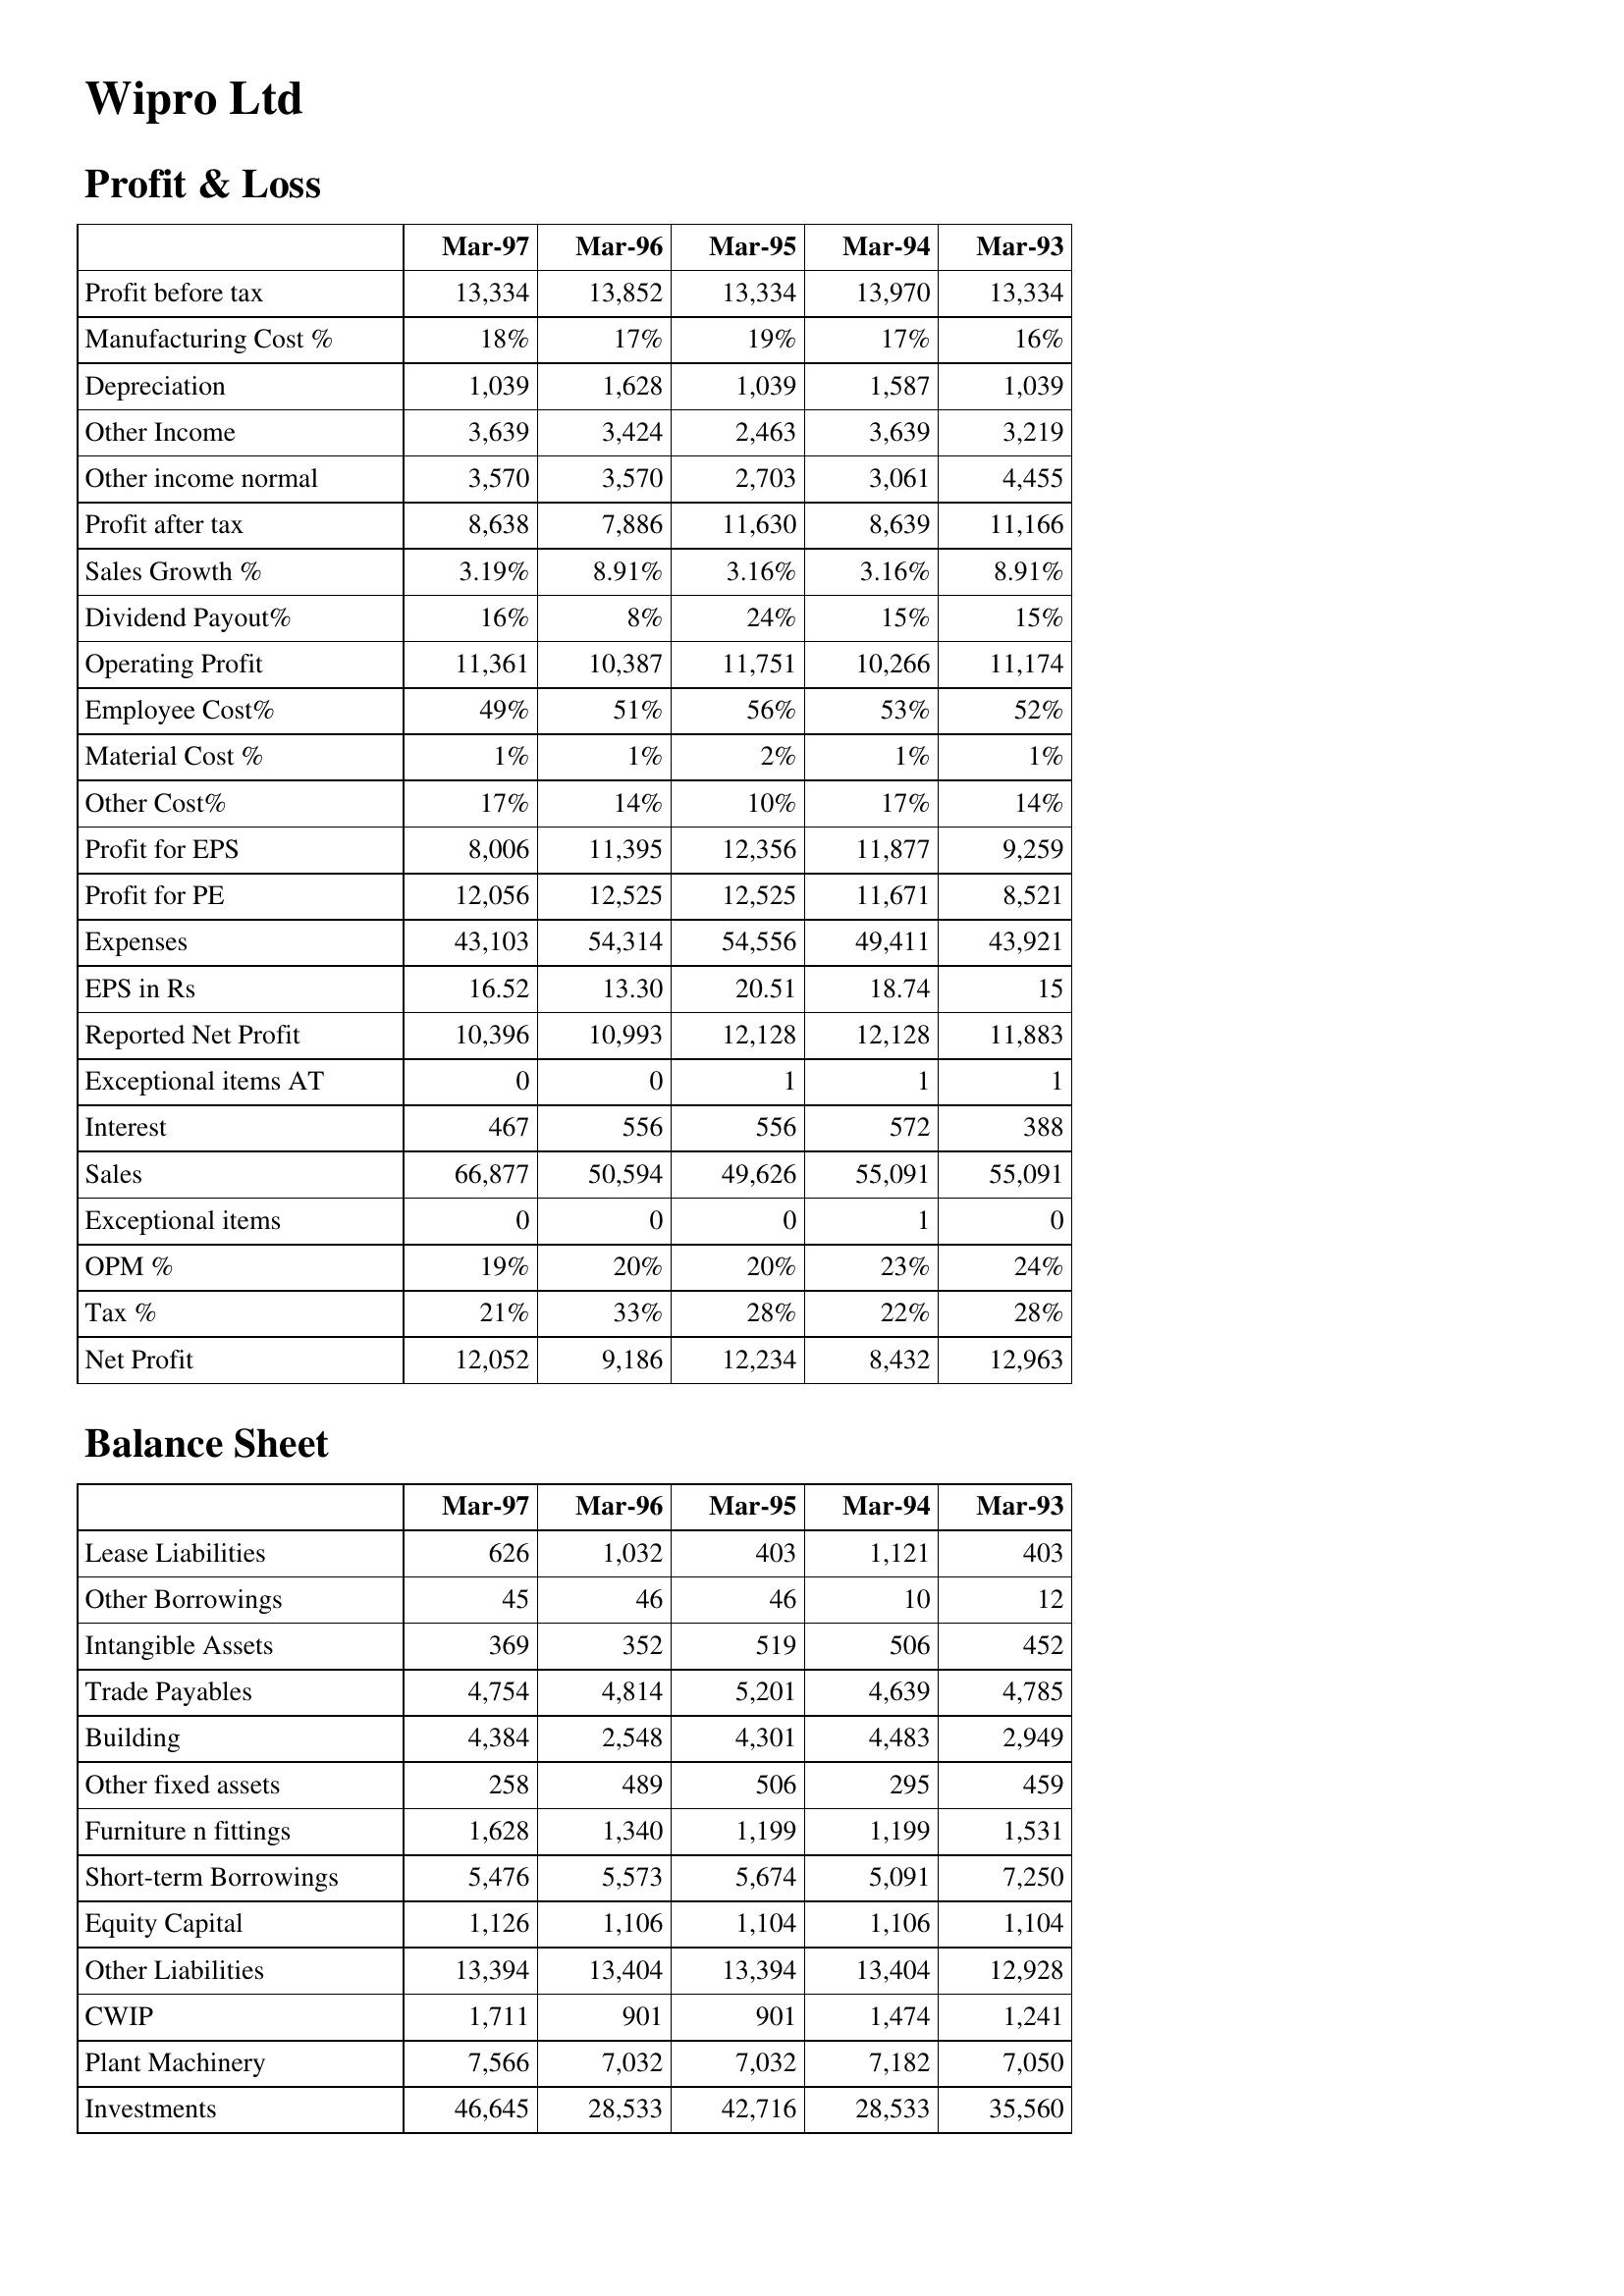
Mar-97: Profit & Loss: Profit before tax: 13,334
Manufacturing Cost %: 18%
Depreciation: 1,039
Other Income: 3,639
Other income normal: 3,570
Profit after tax: 8,638
Sales Growth %: 3.19%
Dividend Payout%: 16%
Operating Profit: 11,361
Employee Cost%: 49%
Material Cost %: 1%
Other Cost%: 17%
Profit for EPS: 8,006
Profit for PE: 12,056
Expenses: 43,103
EPS in Rs: 16.52
Reported Net Profit: 10,396
Exceptional items AT: 0
Interest: 467
Sales: 66,877
Exceptional items: 0
OPM %: 19%
Tax %: 21%
Net Profit: 12,052
Balance Sheet: Lease Liabilities: 626
Other Borrowings: 45
Intangible Assets: 369
Trade Payables: 4,754
Building: 4,384
Other fixed assets: 258
Furniture n fittings: 1,628
Short-term Borrowings: 5,476
Equity Capital: 1,126
Other Liabilities: 13,394
CWIP: 1,711
Plant Machinery: 7,566
Investments: 46,645
Mar-96: Profit & Loss: Profit before tax: 13,852
Manufacturing Cost %: 17%
Depreciation: 1,628
Other Income: 3,424
Other income normal: 3,570
Profit after tax: 7,886
Sales Growth %: 8.91%
Dividend Payout%: 8%
Operating Profit: 10,387
Employee Cost%: 51%
Material Cost %: 1%
Other Cost%: 14%
Profit for EPS: 11,395
Profit for PE: 12,525
Expenses: 54,314
EPS in Rs: 13.30
Reported Net Profit: 10,993
Exceptional items AT: 0
Interest: 556
Sales: 50,594
Exceptional items: 0
OPM %: 20%
Tax %: 33%
Net Profit: 9,186
Balance Sheet: Lease Liabilities: 1,032
Other Borrowings: 46
Intangible Assets: 352
Trade Payables: 4,814
Building: 2,548
Other fixed assets: 489
Furniture n fittings: 1,340
Short-term Borrowings: 5,573
Equity Capital: 1,106
Other Liabilities: 13,404
CWIP: 901
Plant Machinery: 7,032
Investments: 28,533
Mar-95: Profit & Loss: Profit before tax: 13,334
Manufacturing Cost %: 19%
Depreciation: 1,039
Other Income: 2,463
Other income normal: 2,703
Profit after tax: 11,630
Sales Growth %: 3.16%
Dividend Payout%: 24%
Operating Profit: 11,751
Employee Cost%: 56%
Material Cost %: 2%
Other Cost%: 10%
Profit for EPS: 12,356
Profit for PE: 12,525
Expenses: 54,556
EPS in Rs: 20.51
Reported Net Profit: 12,128
Exceptional items AT: 1
Interest: 556
Sales: 49,626
Exceptional items: 0
OPM %: 20%
Tax %: 28%
Net Profit: 12,234
Balance Sheet: Lease Liabilities: 403
Other Borrowings: 46
Intangible Assets: 519
Trade Payables: 5,201
Building: 4,301
Other fixed assets: 506
Furniture n fittings: 1,199
Short-term Borrowings: 5,674
Equity Capital: 1,104
Other Liabilities: 13,394
CWIP: 901
Plant Machinery: 7,032
Investments: 42,716
Mar-94: Profit & Loss: Profit before tax: 13,970
Manufacturing Cost %: 17%
Depreciation: 1,587
Other Income: 3,639
Other income normal: 3,061
Profit after tax: 8,639
Sales Growth %: 3.16%
Dividend Payout%: 15%
Operating Profit: 10,266
Employee Cost%: 53%
Material Cost %: 1%
Other Cost%: 17%
Profit for EPS: 11,877
Profit for PE: 11,671
Expenses: 49,411
EPS in Rs: 18.74
Reported Net Profit: 12,128
Exceptional items AT: 1
Interest: 572
Sales: 55,091
Exceptional items: 1
OPM %: 23%
Tax %: 22%
Net Profit: 8,432
Balance Sheet: Lease Liabilities: 1,121
Other Borrowings: 10
Intangible Assets: 506
Trade Payables: 4,639
Building: 4,483
Other fixed assets: 295
Furniture n fittings: 1,199
Short-term Borrowings: 5,091
Equity Capital: 1,106
Other Liabilities: 13,404
CWIP: 1,474
Plant Machinery: 7,182
Investments: 28,533
Mar-93: Profit & Loss: Profit before tax: 13,334
Manufacturing Cost %: 16%
Depreciation: 1,039
Other Income: 3,219
Other income normal: 4,455
Profit after tax: 11,166
Sales Growth %: 8.91%
Dividend Payout%: 15%
Operating Profit: 11,174
Employee Cost%: 52%
Material Cost %: 1%
Other Cost%: 14%
Profit for EPS: 9,259
Profit for PE: 8,521
Expenses: 43,921
EPS in Rs: 15
Reported Net Profit: 11,883
Exceptional items AT: 1
Interest: 388
Sales: 55,091
Exceptional items: 0
OPM %: 24%
Tax %: 28%
Net Profit: 12,963
Balance Sheet: Lease Liabilities: 403
Other Borrowings: 12
Intangible Assets: 452
Trade Payables: 4,785
Building: 2,949
Other fixed assets: 459
Furniture n fittings: 1,531
Short-term Borrowings: 7,250
Equity Capital: 1,104
Other Liabilities: 12,928
CWIP: 1,241
Plant Machinery: 7,050
Investments: 35,560